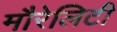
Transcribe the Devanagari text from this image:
मौरेलिटी